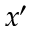
x ^ { \prime }